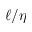
\ell / \eta